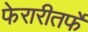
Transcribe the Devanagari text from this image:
फेरारीतर्फे